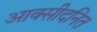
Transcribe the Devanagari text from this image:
आक्सीदनित